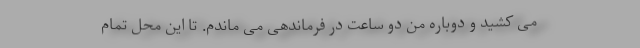
می کشید و دوباره من دو ساعت در فرماندهی می ماندم. تا این محل تمام